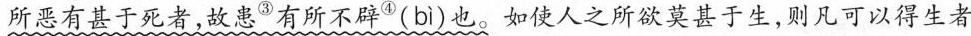
所恶有甚于死者，故患^{③}有所不辟^{④}( bì)也。如使人之所欲莫甚于生，则凡可以得生者